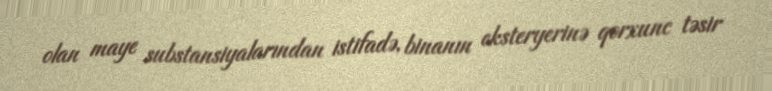
olan maye substansiyalarından istifadə, binanın eksteryerinə qorxunc təsir